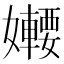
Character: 𡤆